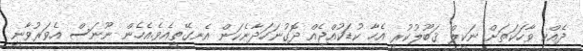
ދެއްކި ވާހަކަތަށް ނަކީލް ޤަބޫލުކުރީ އެހާ ކުޑަކުއްޖެއް ދޮގުނަހަދާނެކަން އެނގޭތީއެވެ.އެހެން ނޫނަސް އެވަރުވާނީ